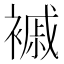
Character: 䙘